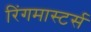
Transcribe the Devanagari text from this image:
रिंगमास्टर्स